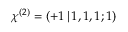
\chi ^ { ( 2 ) } = ( + 1 \, | \, 1 , 1 , 1 ; 1 )